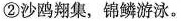
②沙鸥翔集，锦鳞游泳。